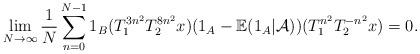
LaTeX: \begin{align*}\lim_{N\rightarrow \infty}\frac{1}{N}\sum_{n=0}^{N-1}1_B(T_{1}^{3n^2} T_{2}^{8n^2}x)(1_{A}-\mathbb{E}(1_A|\mathcal{A}))(T_{1}^{n^2} T_{2}^{-n^2}x)=0.\end{align*}